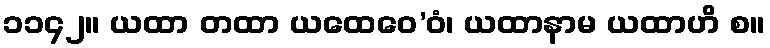
၁၁၄၂။ ယထာ တထာ ယထေဝေ’ဝံ၊ ယထာနာမ ယထာဟိ စ။